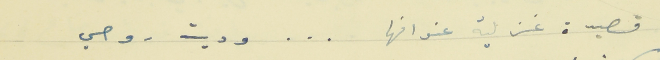
قصيدة غزلية عنوانها                       . . .                       وديت روحي